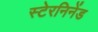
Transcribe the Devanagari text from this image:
स्टेरनिनेंड